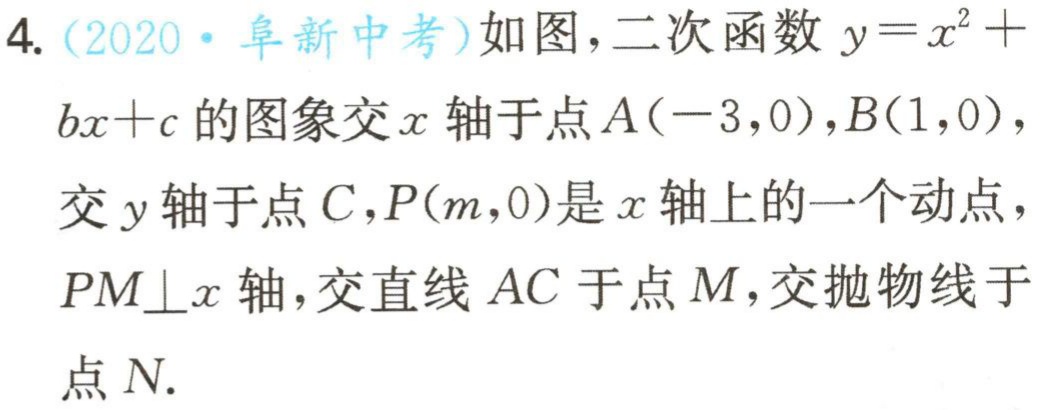
4. (2020·阜新中考)如图，二次函数\(y = x^{2}+bx + c\)的图象交\(x\)轴于点\(A(-3,0)\)，\(B(1,0)\)，交\(y\)轴于点\(C\)，\(P(m,0)\)是\(x\)轴上的一个动点，\(PM\perp x\)轴，交直线\(AC\)于点\(M\)，交抛物线于点\(N\).